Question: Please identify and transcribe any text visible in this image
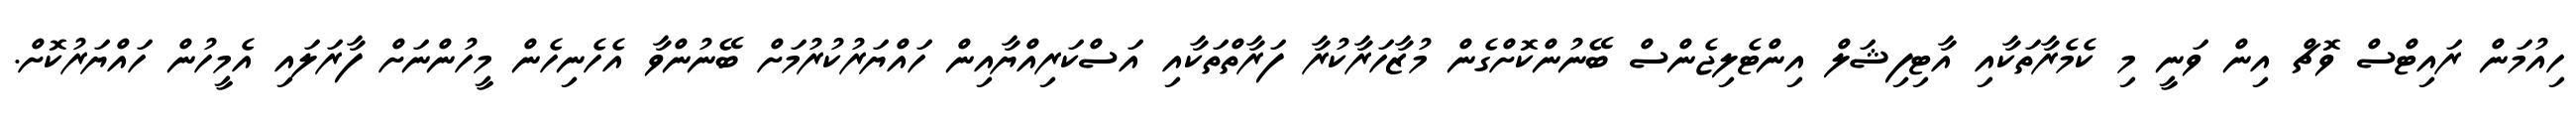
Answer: ހިއުމަން ރައިޓްސް ވޮޗް އިން ވަނީ މި ކެމެރާތަކާއި އާޓިފިޝަލް އިންޓެލިޖެންސް ބޭނުންކޮށްގެން މުޒާހަރާކުރާ ފަރާތްތަކާއި އަސްކަރިއްޔާއިން ހައްޔަރުކުރުމަށް ބޭނުންވާ އެހެނިހެން މީހުންނަށް ފާރަލައި އެމީހުން ހައްޔަރުކޮށް.